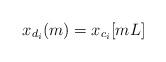
LaTeX: \begin{align*}x_{d_i}(m)=x_{c_i}[mL]\end{align*}